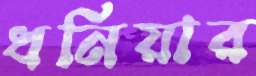
ধনিয়ার